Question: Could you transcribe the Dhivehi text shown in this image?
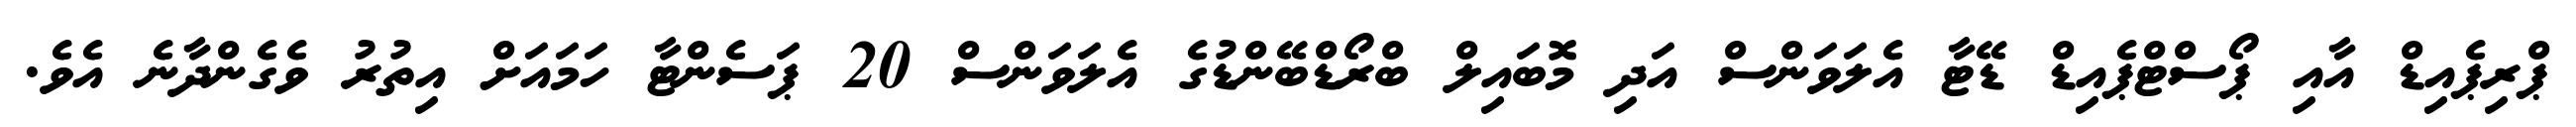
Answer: ޕްރިޕެއިޑް އާއި ޕޯސްޓްޕެއިޑް ޑޭޓާ އެލަވަންސް އަދި މޮބައިލް ބްރޯޑްބޭންޑުގެ އެލަވަންސް 20 ޕަސެންޓާ ހަމައަށް އިތުރު ވެގެންދާނެ އެވެ.